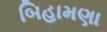
બિહામણા